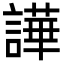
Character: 譁